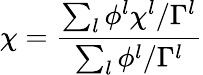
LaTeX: \chi=\frac{\sum_{l}\phi^{l}\chi^{l}/\Gamma^{l}}{\sum_{l}\phi^{l}/\Gamma^{l}}